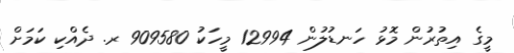
މީގެ އިތުރުން މޮޅު ހަނޑުލުން 12994 މީހަކު 909580 ރ. ދެއްކި ކަމަށް